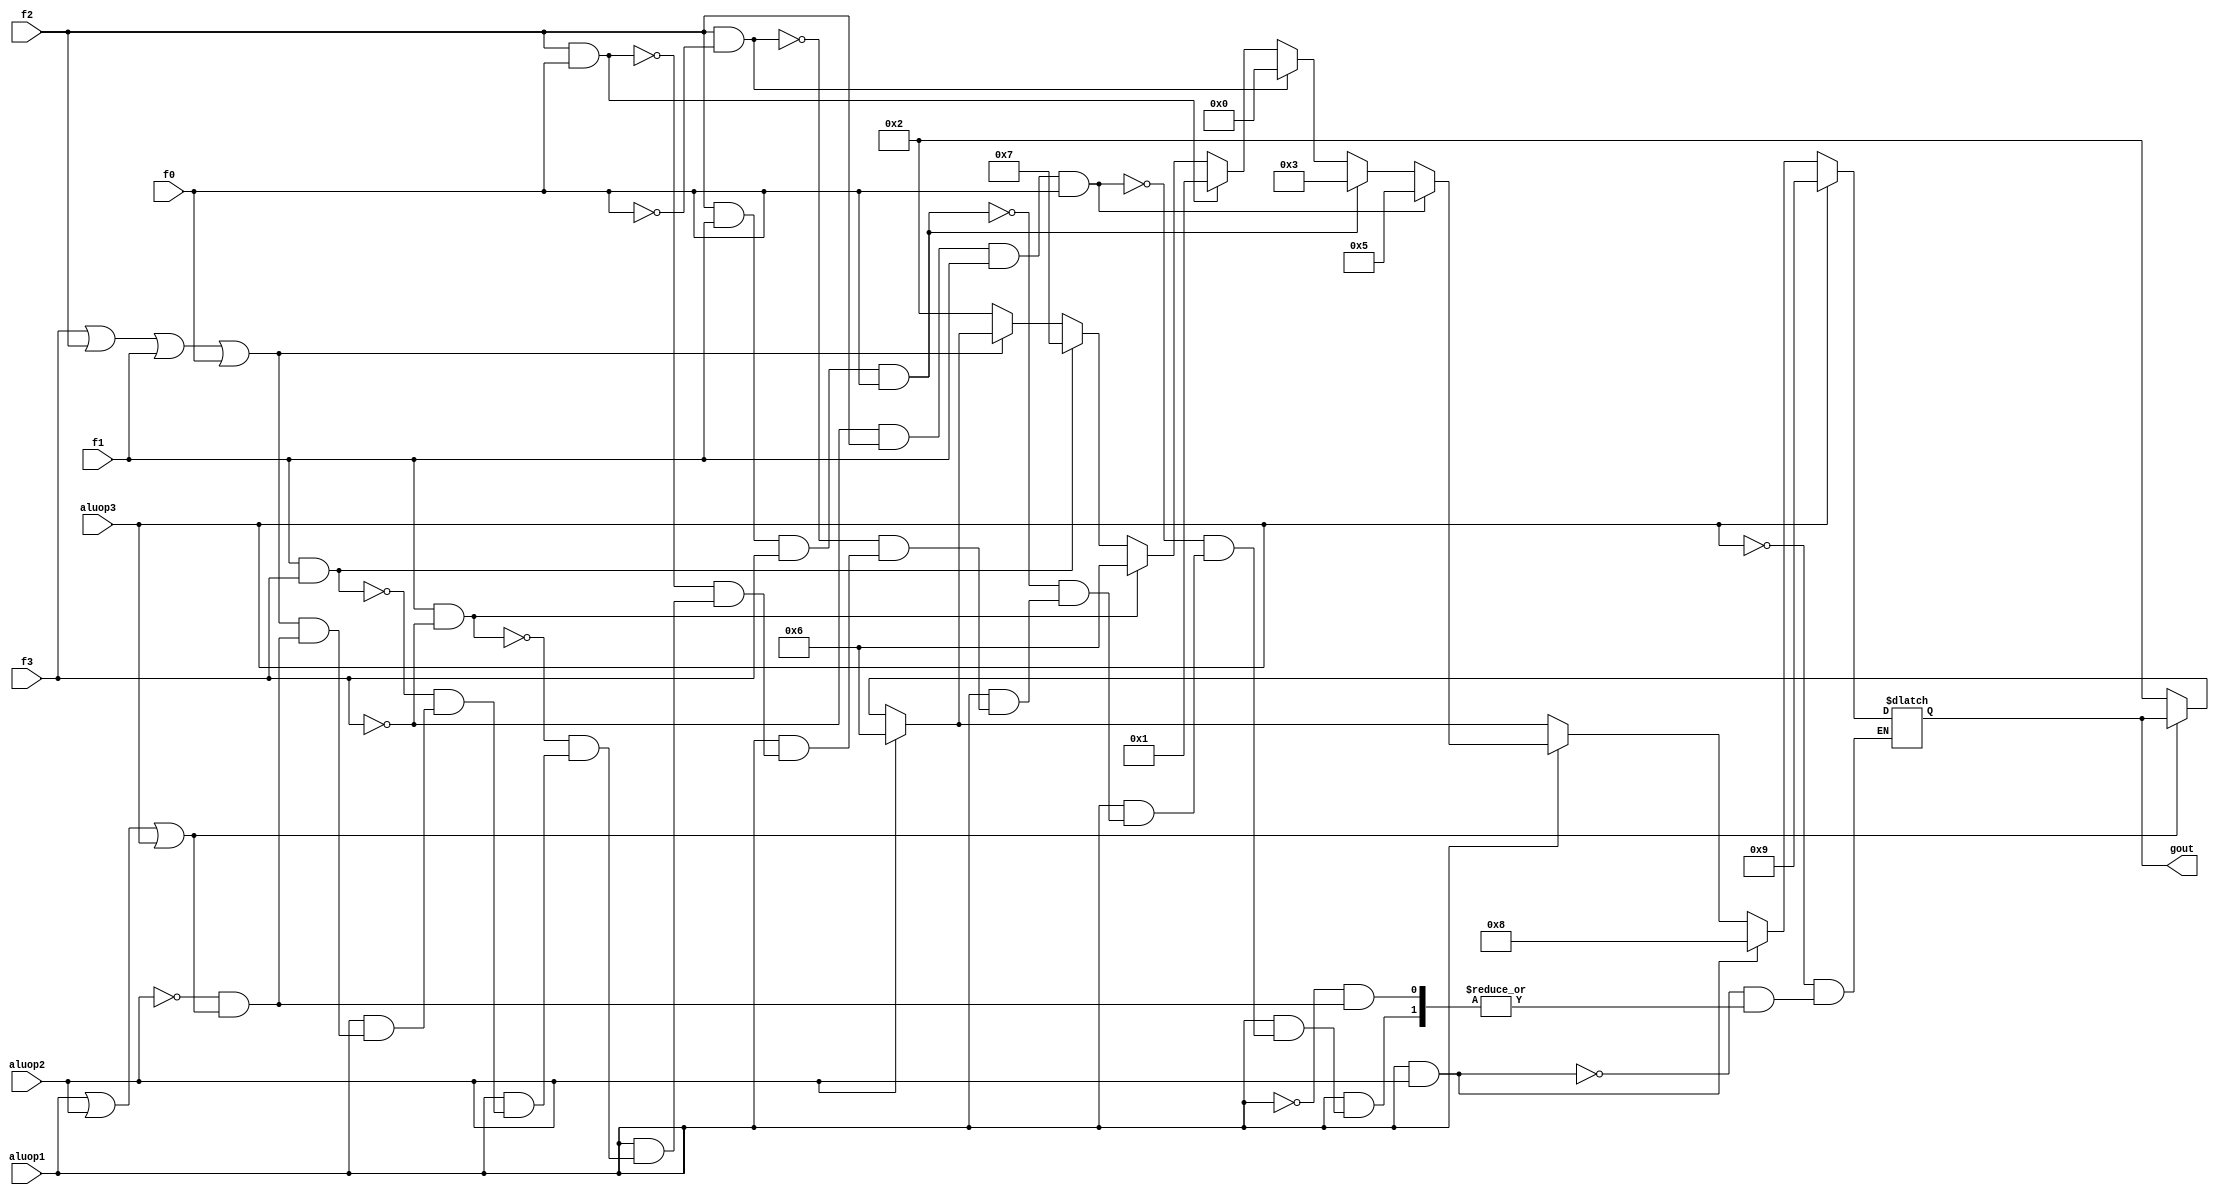
module alucont(aluop1, aluop2, aluop3, f3, f2, f1, f0, gout);

input aluop1,aluop2,aluop3,f3,f2,f1,f0;
output [3:0] gout;
reg [3:0] gout;

always @(aluop1 or aluop2 or aluop3 or f3 or f2 or f1 or f0)
begin
	if(~(aluop1|aluop2|aluop3)) // aluop 000
		// I type and addition
		// lw sw addi
		gout=4'b0010;
	if(aluop2) // beq
		gout=4'b0110;
	if(aluop1) // r-type
	begin
		if (~(f3|f2|f1|f0))
			gout=4'b0010;
		if (f1 & f3)
			gout=4'b0111;
		if (f1 &~(f3))
			gout=4'b0110;
		if (f2 & f0)
			gout=4'b0001;
		if (f2 &~(f0))
			gout=4'b0000;
		if (f2 & f1 & f3 & f0)
			gout = 4'b0011;
		if ((~f3) & f2 & f1 & f0)
			gout = 4'b0101;
	end
	if(aluop1 & aluop2) // ben
		gout = 4'b1000;
	if(aluop3) // bvf
		gout = 4'b1001;
end
endmodule